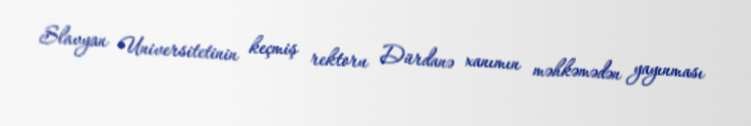
Slavyan Universitetinin keçmiş rektoru Dürdanə xanımın məhkəmədən yayınması